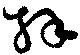
拜